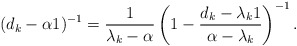
\begin{align*}(d_k - \alpha 1)^{-1} = \frac{1}{\lambda_k - \alpha} \left( 1 - \frac{d_k - \lambda_k 1}{ \alpha - \lambda_k} \right)^{-1}.\end{align*}